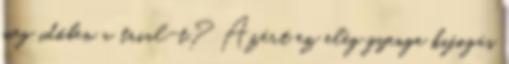
meg időben a trial-t? Azért ez elég gyenge kifogás